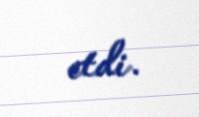
etdi.